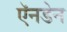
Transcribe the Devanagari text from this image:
ऍनडेन